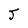
Character: J